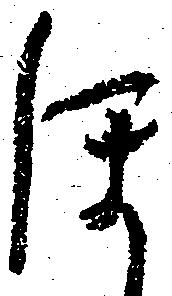
ほ